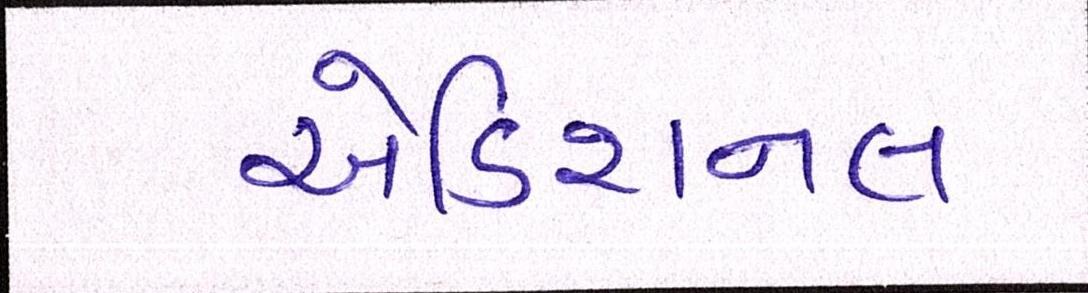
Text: એડિશનલ